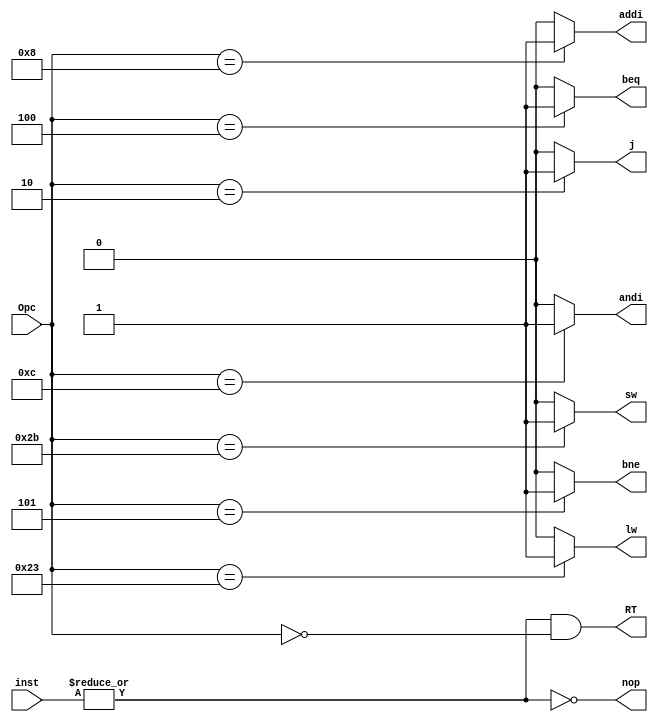
module OpcDcd(Opc,inst,RT,addi,andi,lw,sw,j,beq,bne,nop);
input [5:0]Opc;
input [31:0]inst;
output RT;
output reg addi;
output reg andi;
output reg lw;
output reg sw;
output reg j;
output reg beq;
output reg bne;
output nop;
	always@(Opc)begin
		{addi,andi,lw,sw,j,beq,bne}=8'b0;
		case(Opc)
			6'b001000: addi=1'b1;
			6'b001100: andi=1'b1;
			6'b100011: lw=1'b1;
			6'b101011: sw=1'b1;
			6'b000010: j=1'b1;
			6'b000100: beq=1'b1;
			6'b000101: bne=1'b1;
		endcase
	end

	assign nop = ~(|inst);
	assign RT = (~nop) & (Opc == 6'b000000);

endmodule